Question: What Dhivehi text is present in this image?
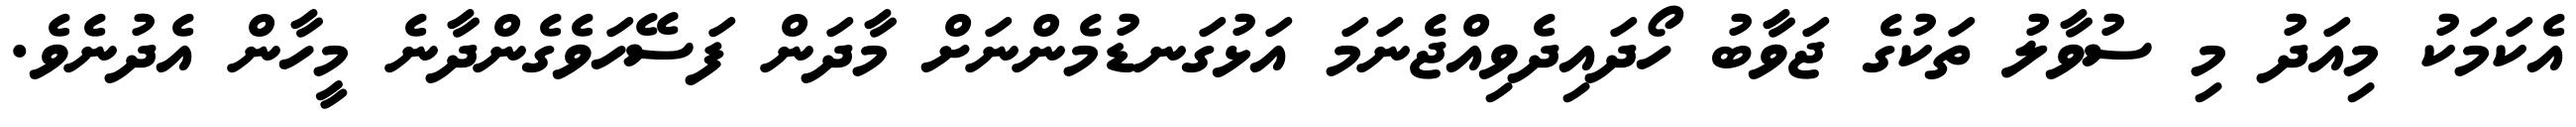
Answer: އެކަމަކު މިއަދު މި ސުވާލު ތަކުގެ ޖަވާބު ހޯދައިދެވިއްޖެނަމަ އަޅުގަނޑުމެންނަށް މާދަން ފަސޭހަވެގެންދާނެ މީހާން އެދުނެވެ.